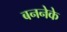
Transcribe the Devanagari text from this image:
बननेके